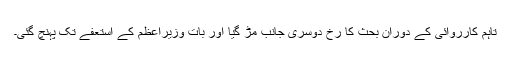
تاہم کارروائی کے دوران بحث کا رخ دوسری جانب مڑ گیا اور بات وزیراعظم کے استعفے تک پہنچ گئی۔